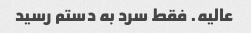
عالیه. فقط سرد به دستم رسید